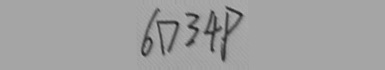
6 D 3 4 P